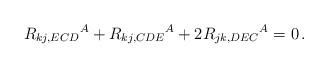
\begin{align*}R_{kj,ECD}{}^A + R_{kj,CDE}{}^A + 2 R_{jk,DEC}{}^A = 0 \,. \end{align*}